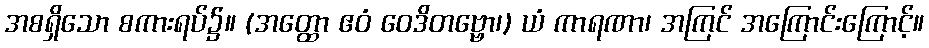
အစရှိသော စကားရပ်၌။ (အတ္ထော ဧဝံ ဝေဒိတဗ္ဗော၊) ယံ ကာရဏာ၊ အကြင် အကြောင်းကြောင့်။